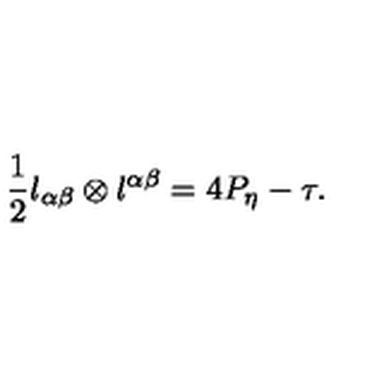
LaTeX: \frac { 1 } { 2 } l _ { \alpha \beta } \otimes l ^ { \alpha \beta } = 4 P _ { \eta } - \tau .